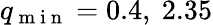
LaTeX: q_{\mathrm{~m~i~n~}}=0.4,\ 2.35